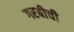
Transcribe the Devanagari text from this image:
गरबीची